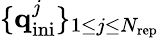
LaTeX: \lbrace\textbf{q}_{\mathrm{ini}}^{j}\rbrace_{1\leq j\leq N_{\mathrm{rep}}}